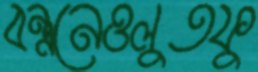
বন্ধনেওলুতফু